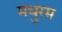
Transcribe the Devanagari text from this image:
मधुरम